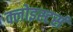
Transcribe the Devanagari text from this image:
क्लोइस्टर्स